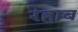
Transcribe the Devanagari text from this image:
रेहाब